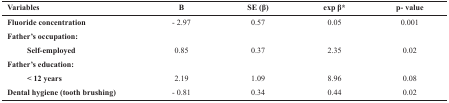
<table><thead><tr><td><b>Variables </b></td><td><b>Β</b></td><td><b>SE (β)</b></td><td><b>exp β*</b></td><td><b>p- value</b></td></tr></thead><tbody><tr><td><b>Fluoride concentration</b></td><td>- 2.97</td><td>0.57</td><td>0.05</td><td>0.001</td></tr><tr><td colspan="5"><b>Father’s occupation:</b></td></tr><tr><td><b>Self-employed</b></td><td>0.85</td><td>0.37</td><td>2.35</td><td>0.02</td></tr><tr><td colspan="5"><b>Father’s education:</b></td></tr><tr><td><b>&lt; 12 years</b></td><td>2.19</td><td>1.09</td><td>8.96</td><td>0.08</td></tr><tr><td><b>Dental hygiene (tooth brushing)</b></td><td>- 0.81</td><td>0.34</td><td>0.44</td><td>0.02</td></tr></tbody></table>